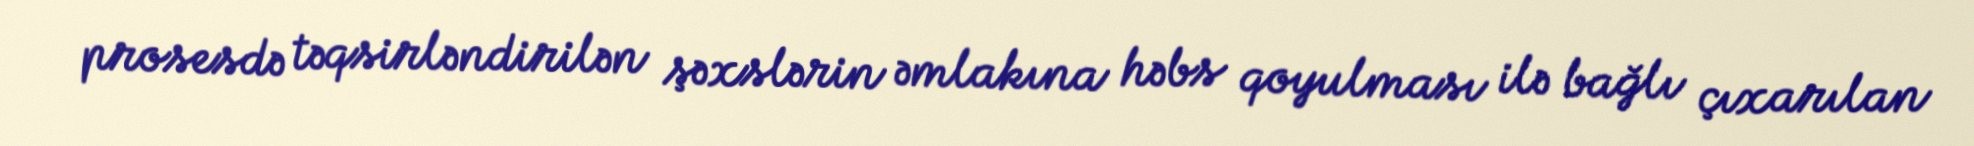
prosesdə təqsirləndirilən şəxslərin əmlakına həbs qoyulması ilə bağlı çıxarılan